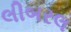
લીબરલ